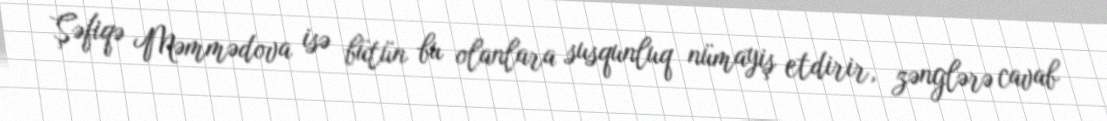
Şəfiqə Məmmədova isə bütün bu olanlara susqunluq nümayiş etdirir, zənglərə cavab